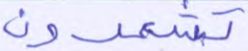
تشعرون